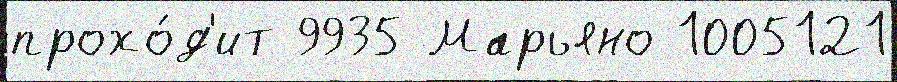
прохо́д'ит 9935 Марьяно 1005121